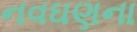
નવઘણના